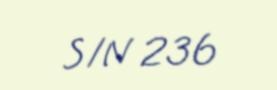
S/N 236